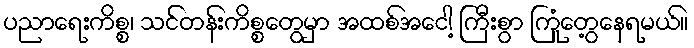
ပညာရေးကိစ္စ၊ သင်တန်းကိစ္စတွေမှာ အထစ်အငေါ့ ကြီးစွာ ကြုံတွေ့နေရမယ်။